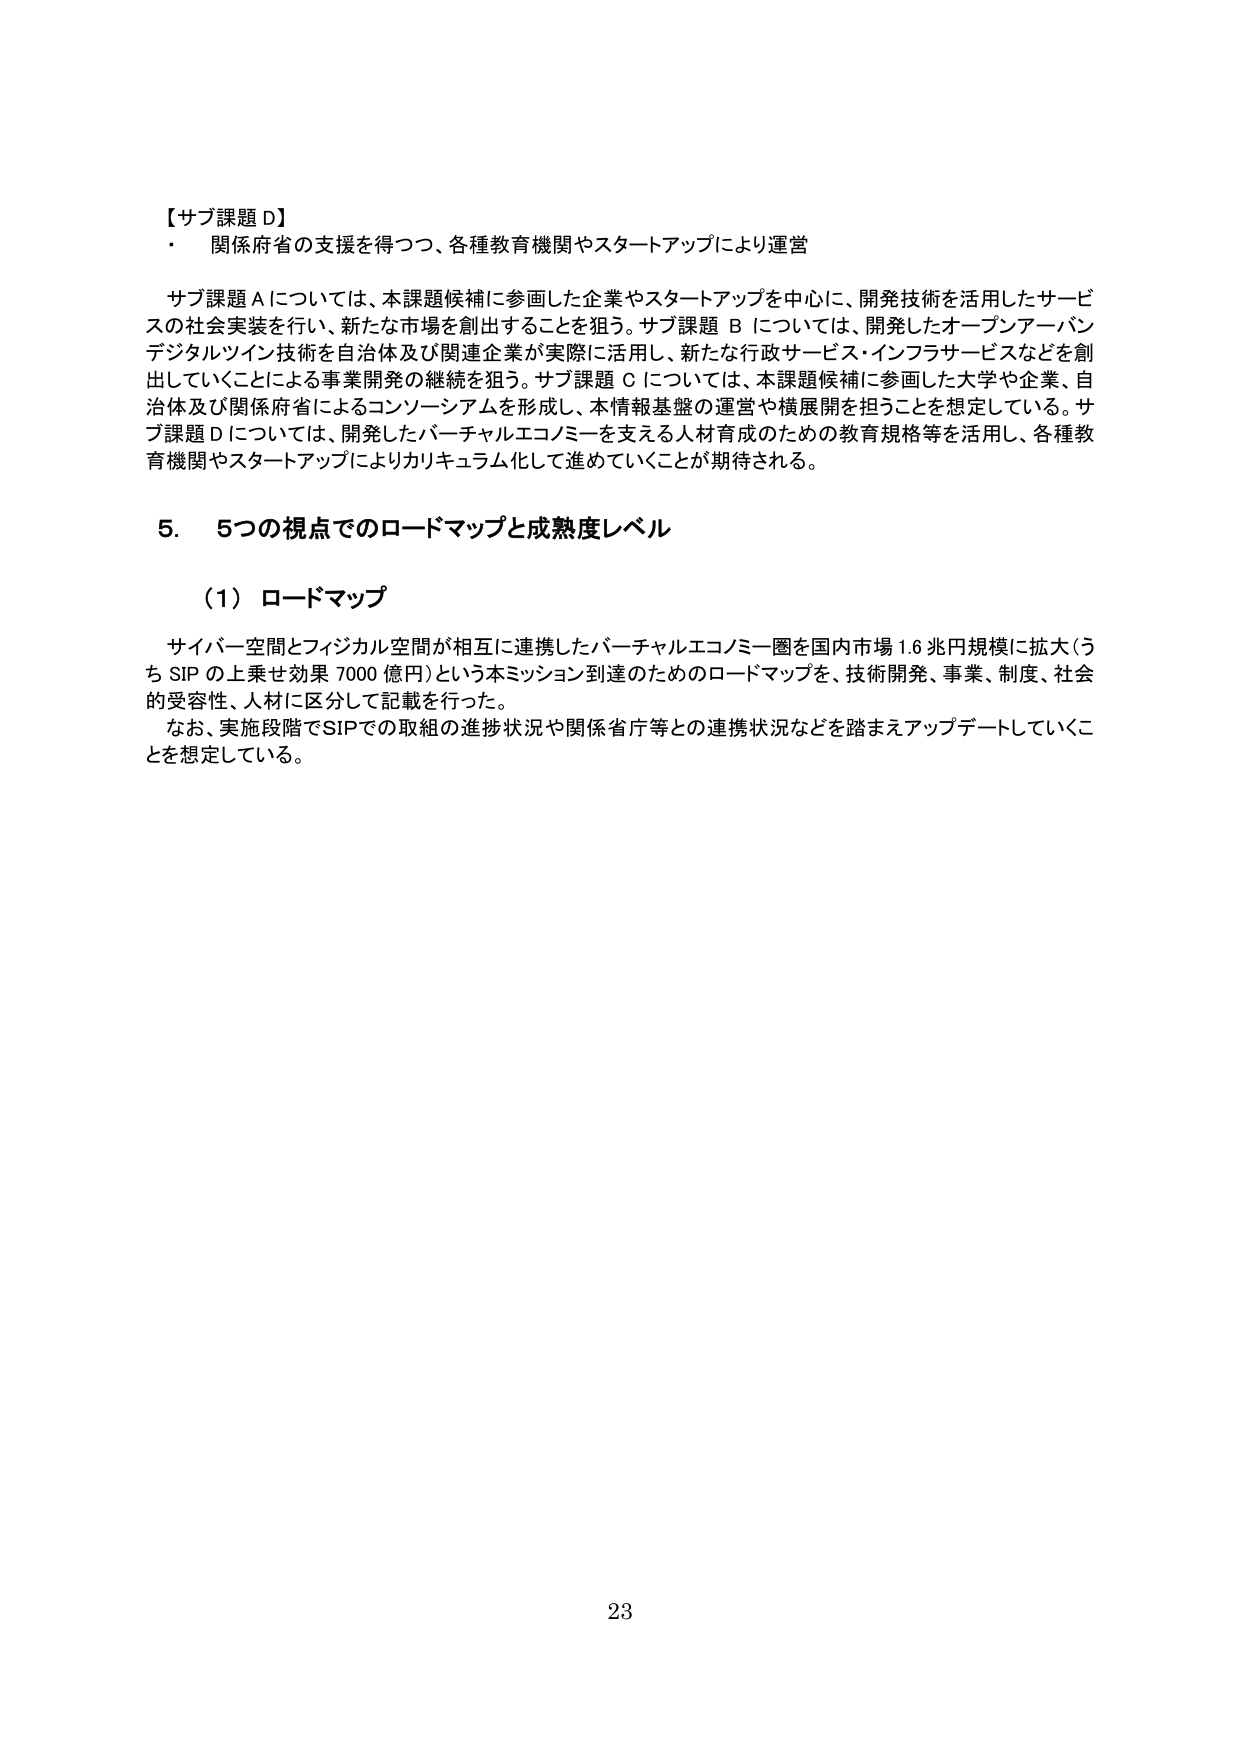
【サブ課題 D】
・ 関係府省の支援を得つつ、各種教育機関やスタートアップにより運営

サブ課題 A については、本課題候補に参画した企業やスタートアップを中心に、開発技術を活用したサービスの社会実装を行い、新たな市場を創出することを狙う。サブ課題 B については、開発したオープンアーバンデジタルツイン技術を自治体及び関連企業が実際に活用し、新たな行政サービス・インフラサービスなどを創出していくことによる事業開発の継続を狙う。サブ課題 C については、本課題候補に参画した大学や企業、自治体及び関係府省によるコンソーシアムを形成し、本情報基盤の運営や横展開を担うことを想定している。サブ課題 D については、開発したバーチャルエコノミーを支える人材育成のための教育規格等を活用し、各種教育機関やスタートアップによりカリキュラム化して進めていくことが期待される。

5. 5つの視点でのロードマップと成熟度レベル

（1）ロードマップ

サイバー空間とフィジカル空間が相互に連携したバーチャルエコノミー圏を国内市場 1.6 兆円規模に拡大（うち SIP の上乗せ効果 7000 億円）という本ミッション到達のためのロードマップを、技術開発、事業、制度、社会的受容性、人材に区分して記載を行った。

なお、実施段階でSIPでの取組の進捗状況や関係省庁等との連携状況などを踏まえアップデートしていくことを想定している。

23